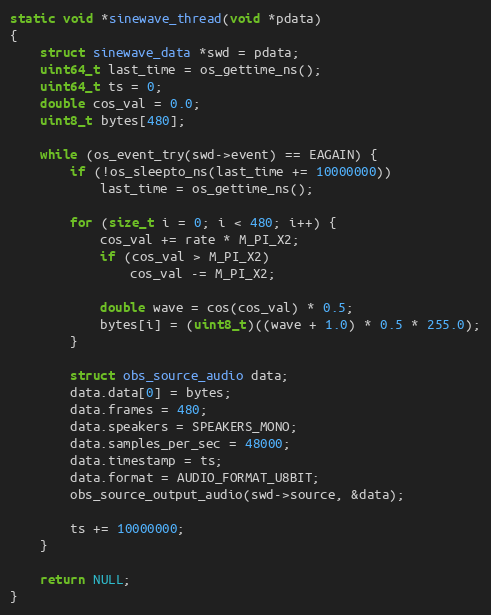
Language: C
static void *sinewave_thread(void *pdata)
{
	struct sinewave_data *swd = pdata;
	uint64_t last_time = os_gettime_ns();
	uint64_t ts = 0;
	double cos_val = 0.0;
	uint8_t bytes[480];

	while (os_event_try(swd->event) == EAGAIN) {
		if (!os_sleepto_ns(last_time += 10000000))
			last_time = os_gettime_ns();

		for (size_t i = 0; i < 480; i++) {
			cos_val += rate * M_PI_X2;
			if (cos_val > M_PI_X2)
				cos_val -= M_PI_X2;

			double wave = cos(cos_val) * 0.5;
			bytes[i] = (uint8_t)((wave + 1.0) * 0.5 * 255.0);
		}

		struct obs_source_audio data;
		data.data[0] = bytes;
		data.frames = 480;
		data.speakers = SPEAKERS_MONO;
		data.samples_per_sec = 48000;
		data.timestamp = ts;
		data.format = AUDIO_FORMAT_U8BIT;
		obs_source_output_audio(swd->source, &data);

		ts += 10000000;
	}

	return NULL;
}